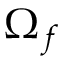
\Omega _ { f }